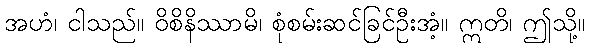
အဟံ၊ ငါသည်။ ဝိစိနိဿာမိ၊ စုံစမ်းဆင်ခြင်ဦးအံ့။ ဣတိ၊ ဤသို့။